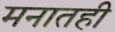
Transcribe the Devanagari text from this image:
मनातही